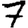
Digit: 7